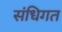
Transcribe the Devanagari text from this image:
संधिगत